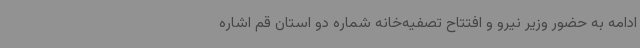
ادامه به حضور وزیر نیرو و افتتاح تصفیه‌خانه شماره دو استان قم اشاره